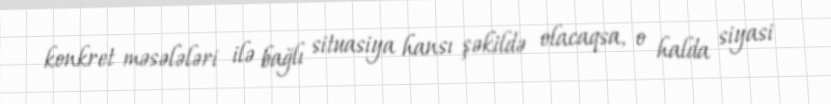
konkret məsələləri ilə bağlı situasiya hansı şəkildə olacaqsa, o halda siyasi